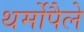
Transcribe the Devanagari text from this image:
थर्मोपैले